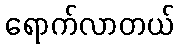
ရောက်လာတယ်